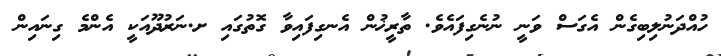
ހުއްދަނުލިބިގެން އެގަސް ވަނީ ނުނެގިފައެވެ. ތާރީޚުން އެނގިފައިވާ ގޮތުގައި ށ.ނަރުދޫއަކީ އެންމެ ގިނައިން